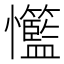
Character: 𢥸